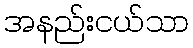
အနည်းငယ်သာ